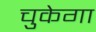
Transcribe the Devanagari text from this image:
चुकेगा